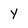
Character: Y